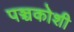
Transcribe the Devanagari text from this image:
पञ्चकोशी